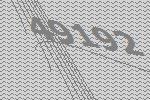
49192